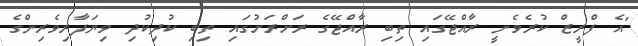
"އެ ފްރީޒް ކުރެވެނީ ރާއްޖޭގައި ތިބި ރާއްޖޭގެ ރަށްރަށުގައި ތިބި ކުދިކުދި ވިޔަފާރިވެރިންގެ